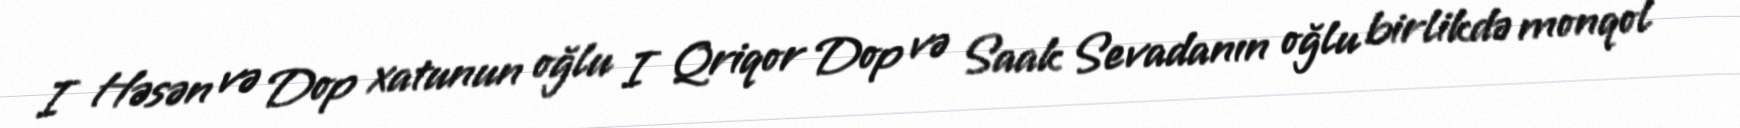
I Həsən və Dop xatunun oğlu I Qriqor Dop və Saak Sevadanın oğlu birlikdə monqol